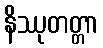
နိဿုတတ္တာ